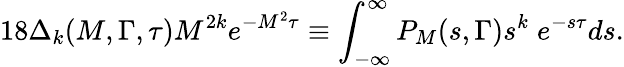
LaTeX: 18\Delta_{k}(M,\Gamma,\tau)M^{2k}e^{-M^{2}\tau}\equiv\int_{-\infty}^{\infty}P_{M}(s,\Gamma)s^{k}\; e^{-s\tau}ds.